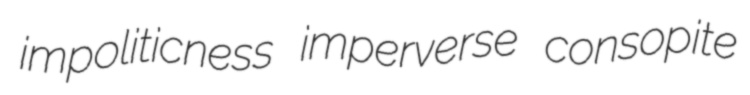
impoliticness imperverse consopite